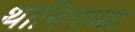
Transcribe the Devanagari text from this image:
थामिनच्या